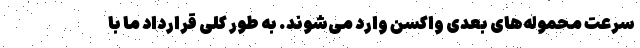
سرعت محموله‌های بعدی واکسن وارد می‌شوند. به طور کلی قرارداد ما با